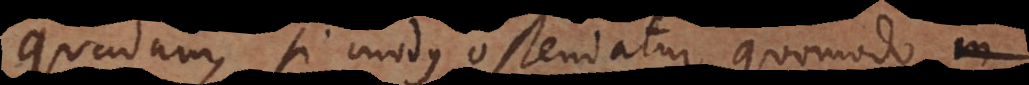
quadam, si modus ostendatur, quomodo in